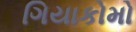
ગિયાકોમો